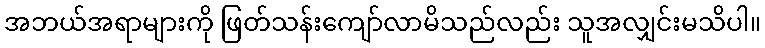
အဘယ်အရာများကို ဖြတ်သန်းကျော်လာမိသည်လည်း သူအလျှင်းမသိပါ။